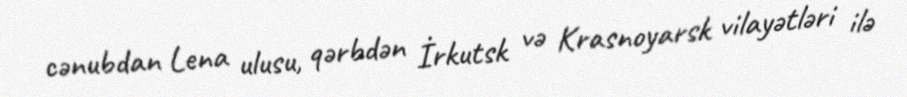
cənubdan Lena ulusu, qərbdən İrkutsk və Krasnoyarsk vilayətləri ilə